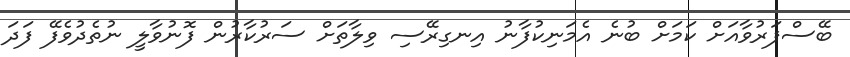
ބޭސްފަރުވާއަށް ކަމަށް ބުނެ އެމަނިކުފާނު އިނގިރޭސި ވިލާތަށް ސަރުކާރުން ފޮނުވާލީ ނުތެދުވެފޭ ފަދަ